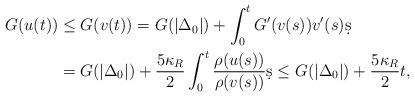
LaTeX: \begin{align*}G(u(t)) & \le G(v(t)) = G(|\Delta _{0} |) + \int_{0}^{t} G'(v(s)) v'(s) \d s \\ & = G(|\Delta _{0} |) + \frac{5\kappa_{R}}{2} \int_{0}^{t} \frac{ \rho(u(s))}{\rho(v(s))}\d s \le G(|\Delta _{0} |) + \frac{5\kappa_{R}}{2} t,\end{align*}